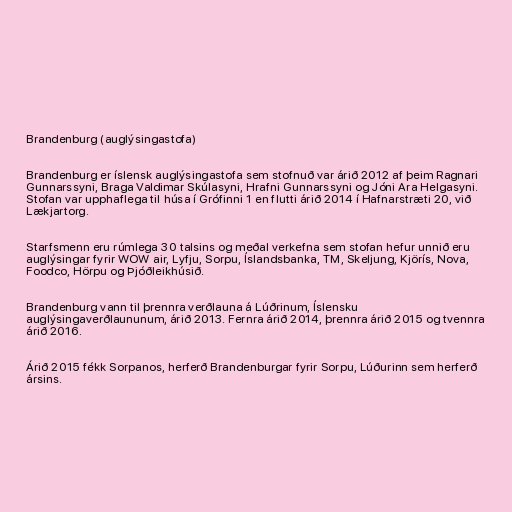
Brandenburg (auglýsingastofa)

Brandenburg er íslensk auglýsingastofa sem stofnuð var árið 2012 af þeim Ragnari
Gunnarssyni, Braga Valdimar Skúlasyni, Hrafni Gunnarssyni og Jóni Ara Helgasyni.
Stofan var upphaflega til húsa í Grófinni 1 en flutti árið 2014 í Hafnarstræti 20, við
Lækjartorg.

Starfsmenn eru rúmlega 30 talsins og meðal verkefna sem stofan hefur unnið eru
auglýsingar fyrir WOW air, Lyfju, Sorpu, Íslandsbanka, TM, Skeljung, Kjörís, Nova,
Foodco, Hörpu og Þjóðleikhúsið.

Brandenburg vann til þrennra verðlauna á Lúðrinum, Íslensku
auglýsingaverðlaununum, árið 2013. Fernra árið 2014, þrennra árið 2015 og tvennra
árið 2016.

Árið 2015 fékk Sorpanos, herferð Brandenburgar fyrir Sorpu, Lúðurinn sem herferð
ársins.